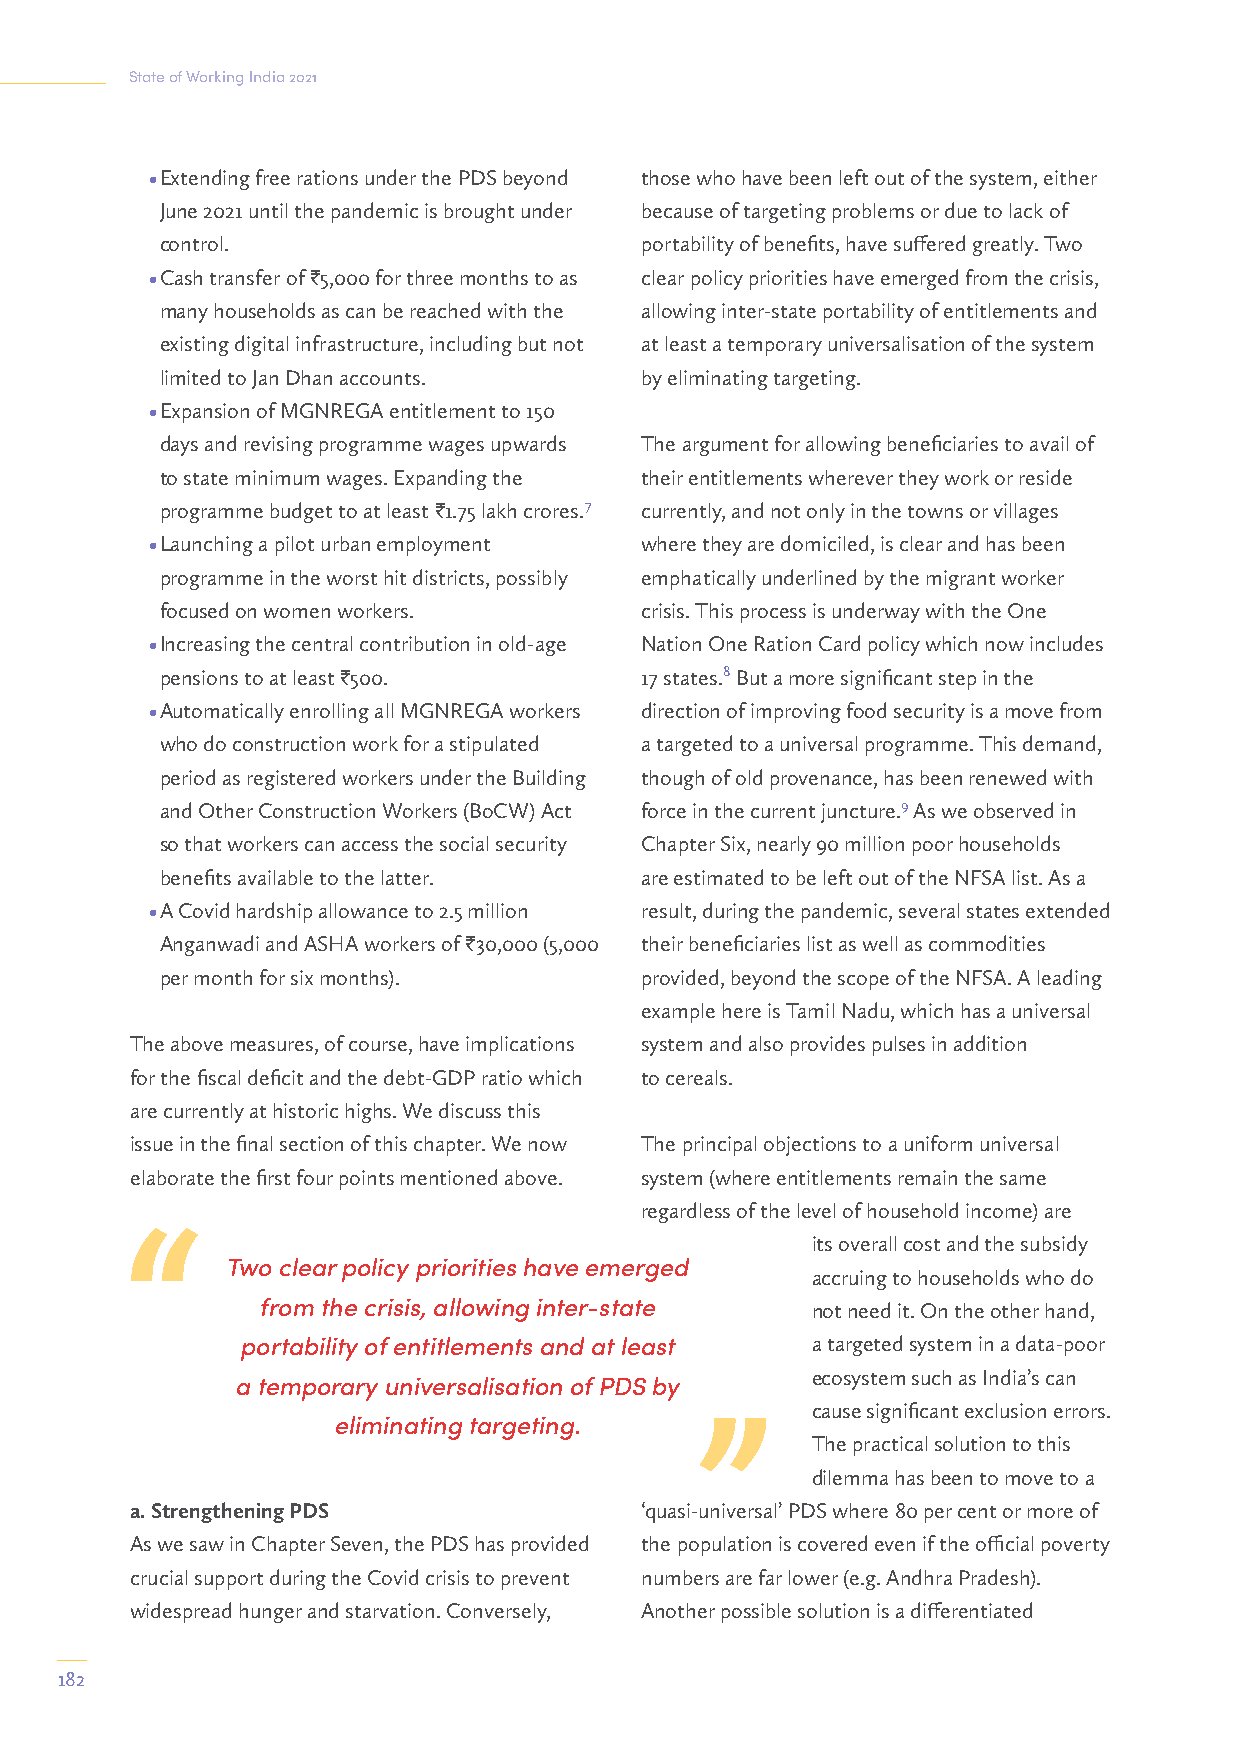
State of Working India 2021
 • Extending free rations under the PDS beyond those who have been left out of the system, either
 June 2021 until the pandemic is brought under because of targeting problems or due to lack of
 control.                       portability of benefits, have suffered greatly. Two
 • Cash transfer of I5,000 for three months to as clear policy priorities have emerged from the crisis,
 many households as can be reached with the allowing inter-state portability of entitlements and
 existing digital infrastructure, including but not at least a temporary universalisation of the system
 limited to Jan Dhan accounts.  by eliminating targeting.
 • Expansion of MGNREGA entitlement to 150
 days and revising programme wages upwards The argument for allowing beneficiaries to avail of
 to state minimum wages. Expanding the their entitlements wherever they work or reside
 programme budget to at least I1.75 lakh crores.7 currently, and not only in the towns or villages
 • Launching a pilot urban employment where they are domiciled, is clear and has been
 programme in the worst hit districts, possibly emphatically underlined by the migrant worker
 focused on women workers.      crisis. This process is underway with the One
 • Increasing the central contribution in old-age Nation One Ration Card policy which now includes
 pensions to at least I500.     17 states.8 But a more significant step in the
 • Automatically enrolling all MGNREGA workers direction of improving food security is a move from
 who do construction work for a stipulated a targeted to a universal programme. This demand,
 period as registered workers under the Building though of old provenance, has been renewed with
 and Other Construction Workers (BoCW) Act force in the current juncture.9 As we observed in
 so that workers can access the social security Chapter Six, nearly 90 million poor households
 benefits available to the latter. are estimated to be left out of the NFSA list. As a
 • A Covid hardship allowance to 2.5 million result, during the pandemic, several states extended
 Anganwadi and ASHA workers of I30,000 (5,000 their beneficiaries list as well as commodities
 per month for six months).     provided, beyond the scope of the NFSA. A leading
 example here is Tamil Nadu, which has a universal
 The above measures, of course, have implications system and also provides pulses in addition
 for the fiscal deficit and the debt-GDP ratio which to cereals.
 are currently at historic highs. We discuss this
 issue in the final section of this chapter. We now The principal objections to a uniform universal
 elaborate the first four points mentioned above. system (where entitlements remain the same
 regardless of the level of household income) are
 its overall cost and the subsidy
 Two clear policy priorities have emerged
 accruing to households who do
 from the crisis, allowing inter-state not need it. On the other hand,
 portability of entitlements and at least a targeted system in a data-poor
 ecosystem such as India’s can
 a temporary universalisation of PDS by
 cause significant exclusion errors.
 eliminating targeting.
 The practical solution to this
 dilemma has been to move to a
 a. Strengthening PDS             ‘quasi-universal’ PDS where 80 per cent or more of
 As we saw in Chapter Seven, the PDS has provided the population is covered even if the official poverty
 crucial support during the Covid crisis to prevent numbers are far lower (e.g. Andhra Pradesh).
 widespread hunger and starvation. Conversely, Another possible solution is a differentiated
 182